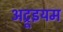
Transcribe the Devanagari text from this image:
अट्रूइयम